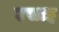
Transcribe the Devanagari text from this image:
एसाइ